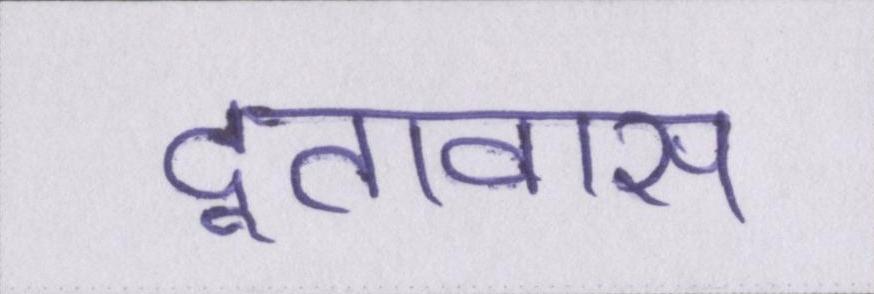
दूतावास